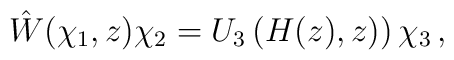
\hat W(\chi_1,z)\chi_2=U_3\left(H(z),z)\right)\chi_3\,,